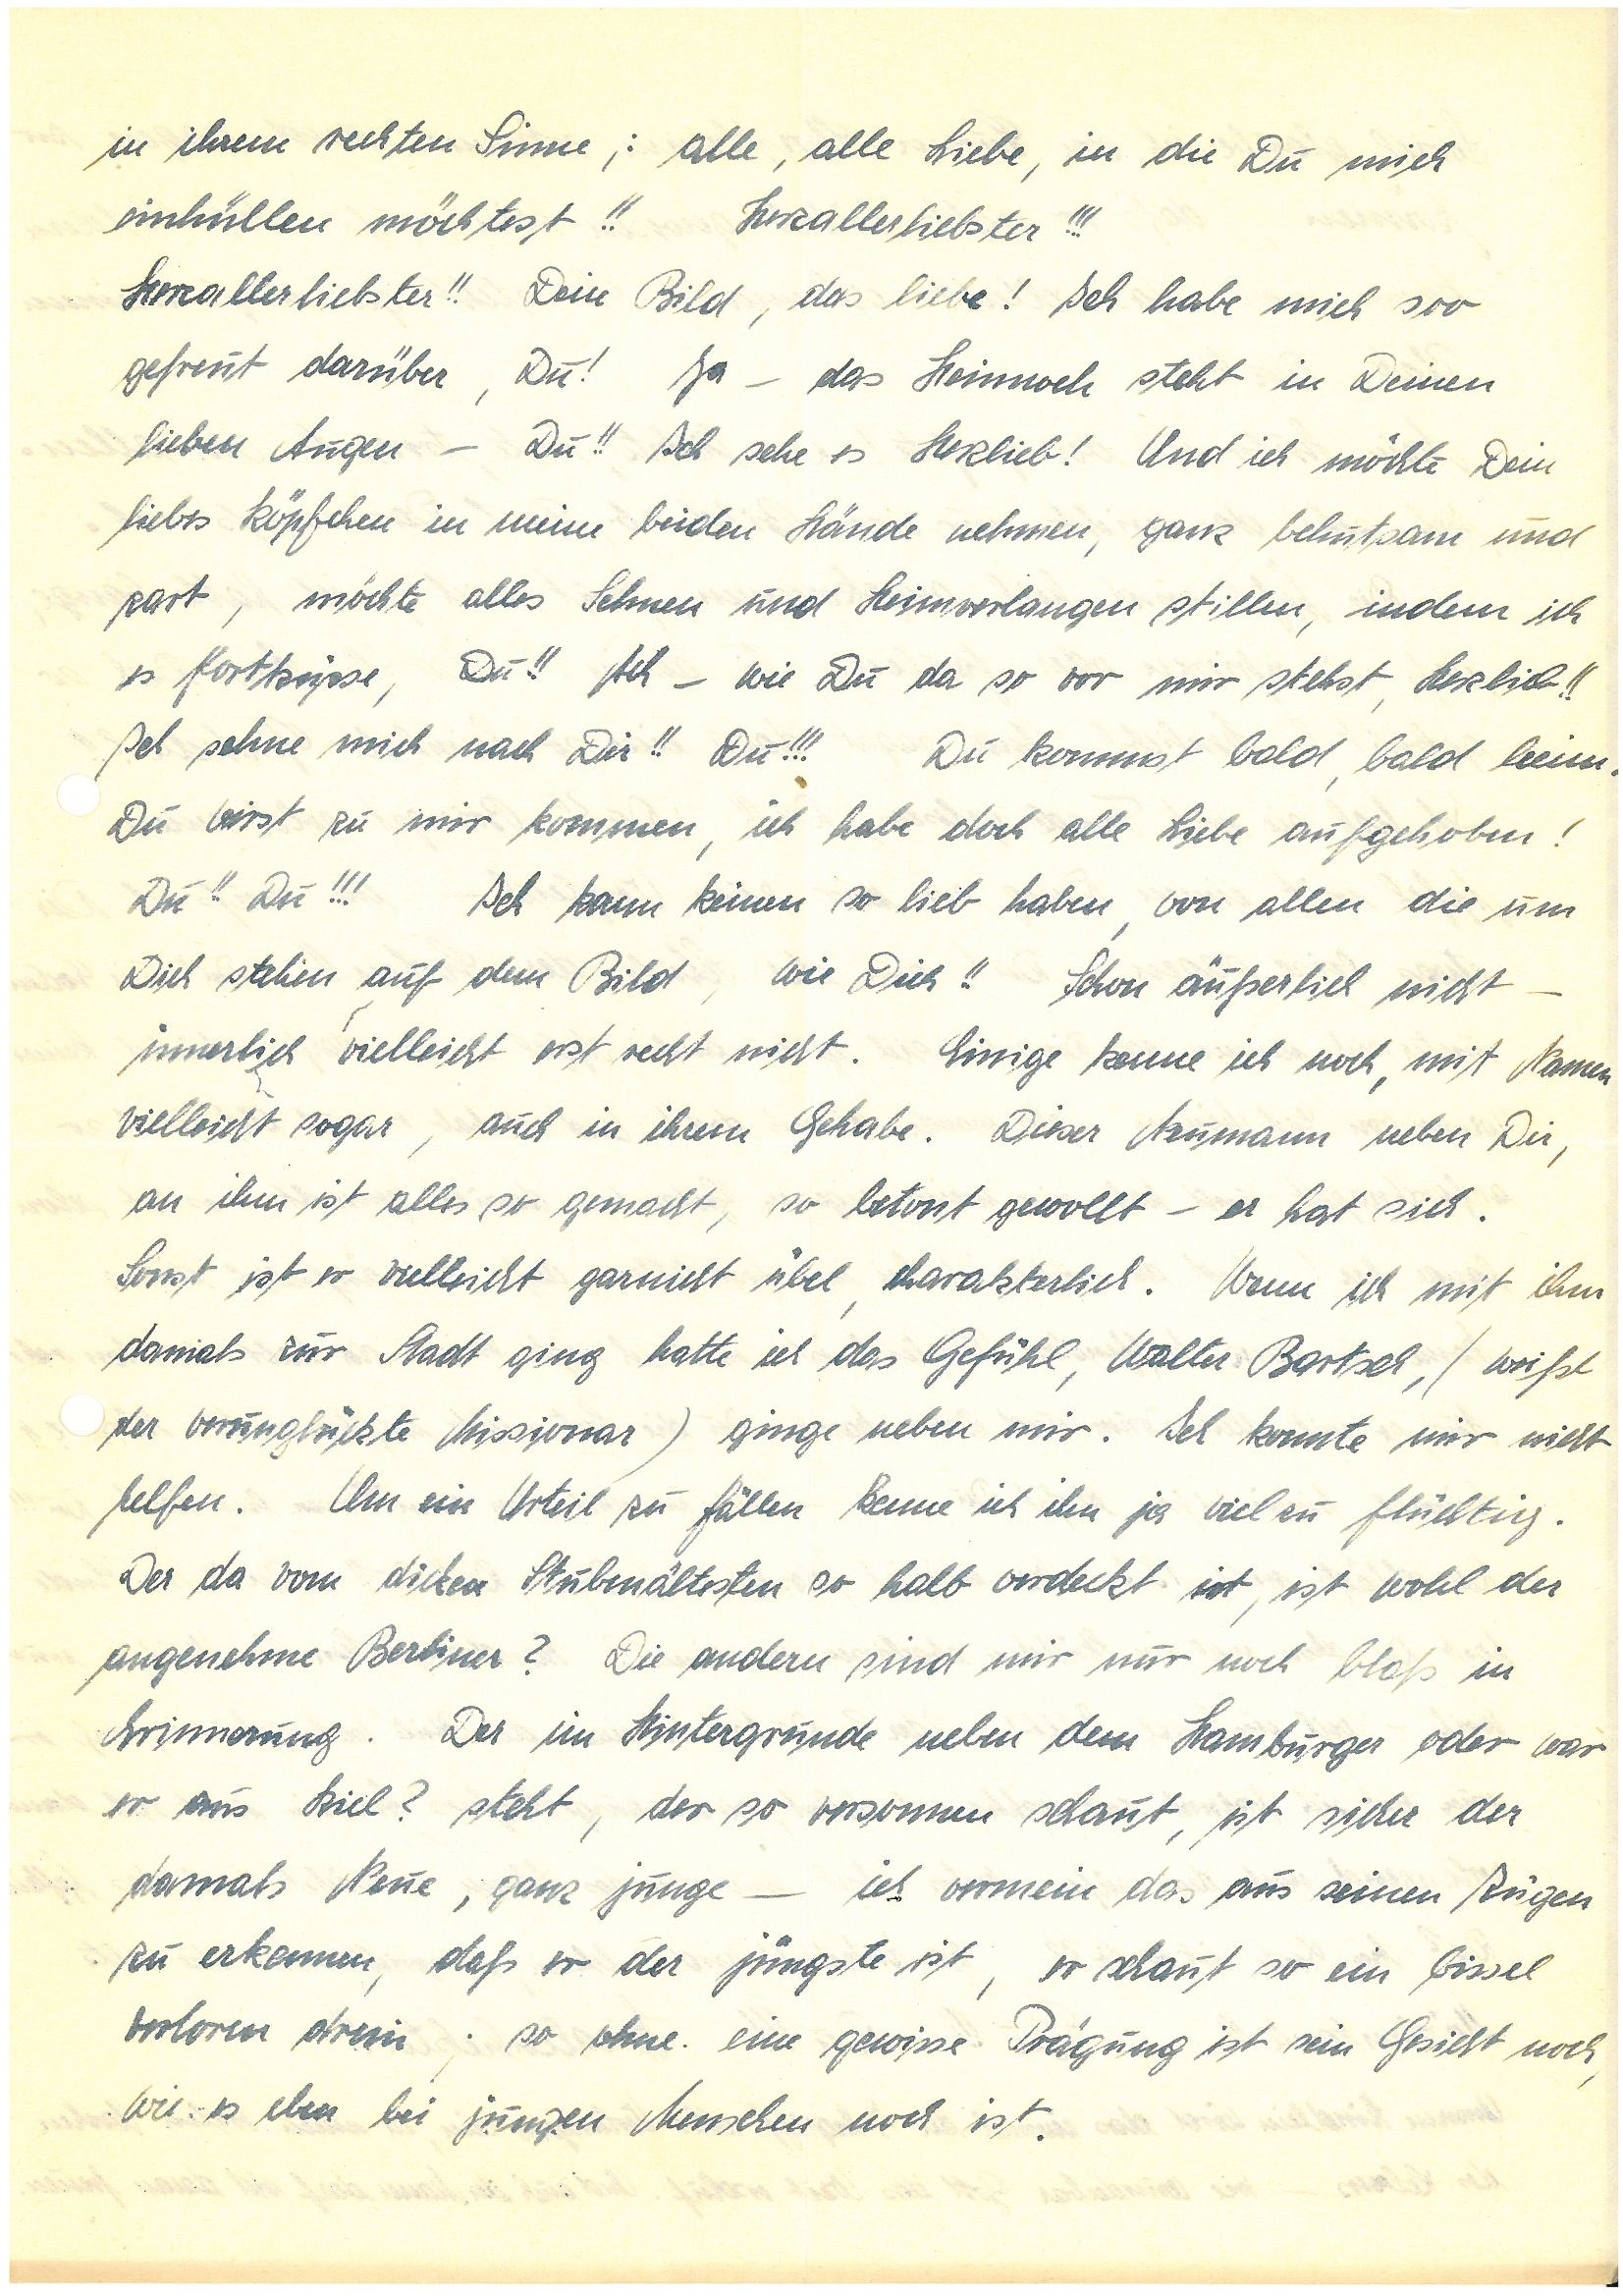
in ihrem rechten Sinne,: alle, alle Liebe, in die Du mich
einhüllen möchtest!! Herzallerliebster!!!
Herzallerliebster!! Dein Bild, das liebe, ich habe mich soo
gefreut darüber, Du! Ja – das Heimweh steht in Deinen
lieben Augen – Du!! Ich sehe es Herzlieb! Und ich möchte Dein
liebes Köpfchen in meine beiden Hände nehmen, ganz behutsam und
zart, möchte alles Sehnen und Heimverlangen stillen, indem ich
es fortküsse, Du!! Ach – wie Du da so vor mir stehst, Herzlieb!
Ich sehne mich nach Dir!! Du!!! Du kommst bald, bald heim.
Du wirst zu mir kommen, ich habe doch alle Liebe aufgehoben!
Du!! Du!!! Ich kann keinen so lieb haben, von allen die um
Dich stehen auf dem Bild, wie Dich!! Schon äußerlich nicht –
innerlich vielleicht erst recht nicht. Einige kenne ich noch, mit Namen
vielleicht sogar, auch in ihrem Gehabe. Dieser N. neben Dir,
an ihm ist alles so gemacht, so betont gewollt – er hat sich.
Sonst ist er vielleicht gar nicht übel, charakterlich. Wenn ich mit ihm
damals zur Stadt ging hatte ich das Gefühl, Walter B. (weißt
der verunglückte Missionar) ginge neben mir. Ich konnte mir nicht
helfen. Um ein Urteil zu fällen kenne ich ihn ja viel zu flüchtig.
Der da vom dicken Stubenältesten so halb verdeckt ist, ist wohl der
angenehme Berliner? Die andern sind mir nur noch blaß in
Erinnerung. Der im Hintergrunde neben dem Hamburger oder war
er aus Kiel? steht, der so versonnen schaut, ist sicher der
damals Neue, ganz junge – ich vermein das aus seinen Zügen
zu erkennen, daß er der jüngste ist, er schaut so ein bissel
verloren drein; so ohne eine gewisse Prägung ist sein Gesicht noch,
wie es eben bei jungen Menschen noch ist.